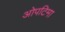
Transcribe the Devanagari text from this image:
ओपटिमा